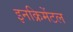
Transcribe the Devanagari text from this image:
इनक्रिमेंटल